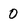
Character: 0